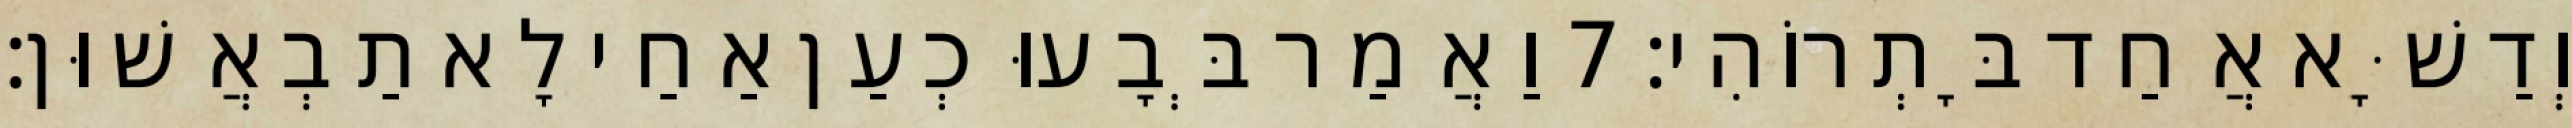
וְדַשָּׁא אֲחַד בָּתְרוֹהִי׃ 7 וַאֲמַר בְּבָעוּ כְעַן אַחַי לָא תַבְאֲשׁוּן׃